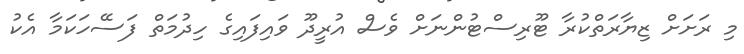
މި ރަށަށް ޒިޔާރަތްކުރާ ޓޫރިސްޓުންނަށް ވެސް އުރީދޫ ވައިފައިގެ ހިދުމަތް ފަސޭހަކަމާ އެކު